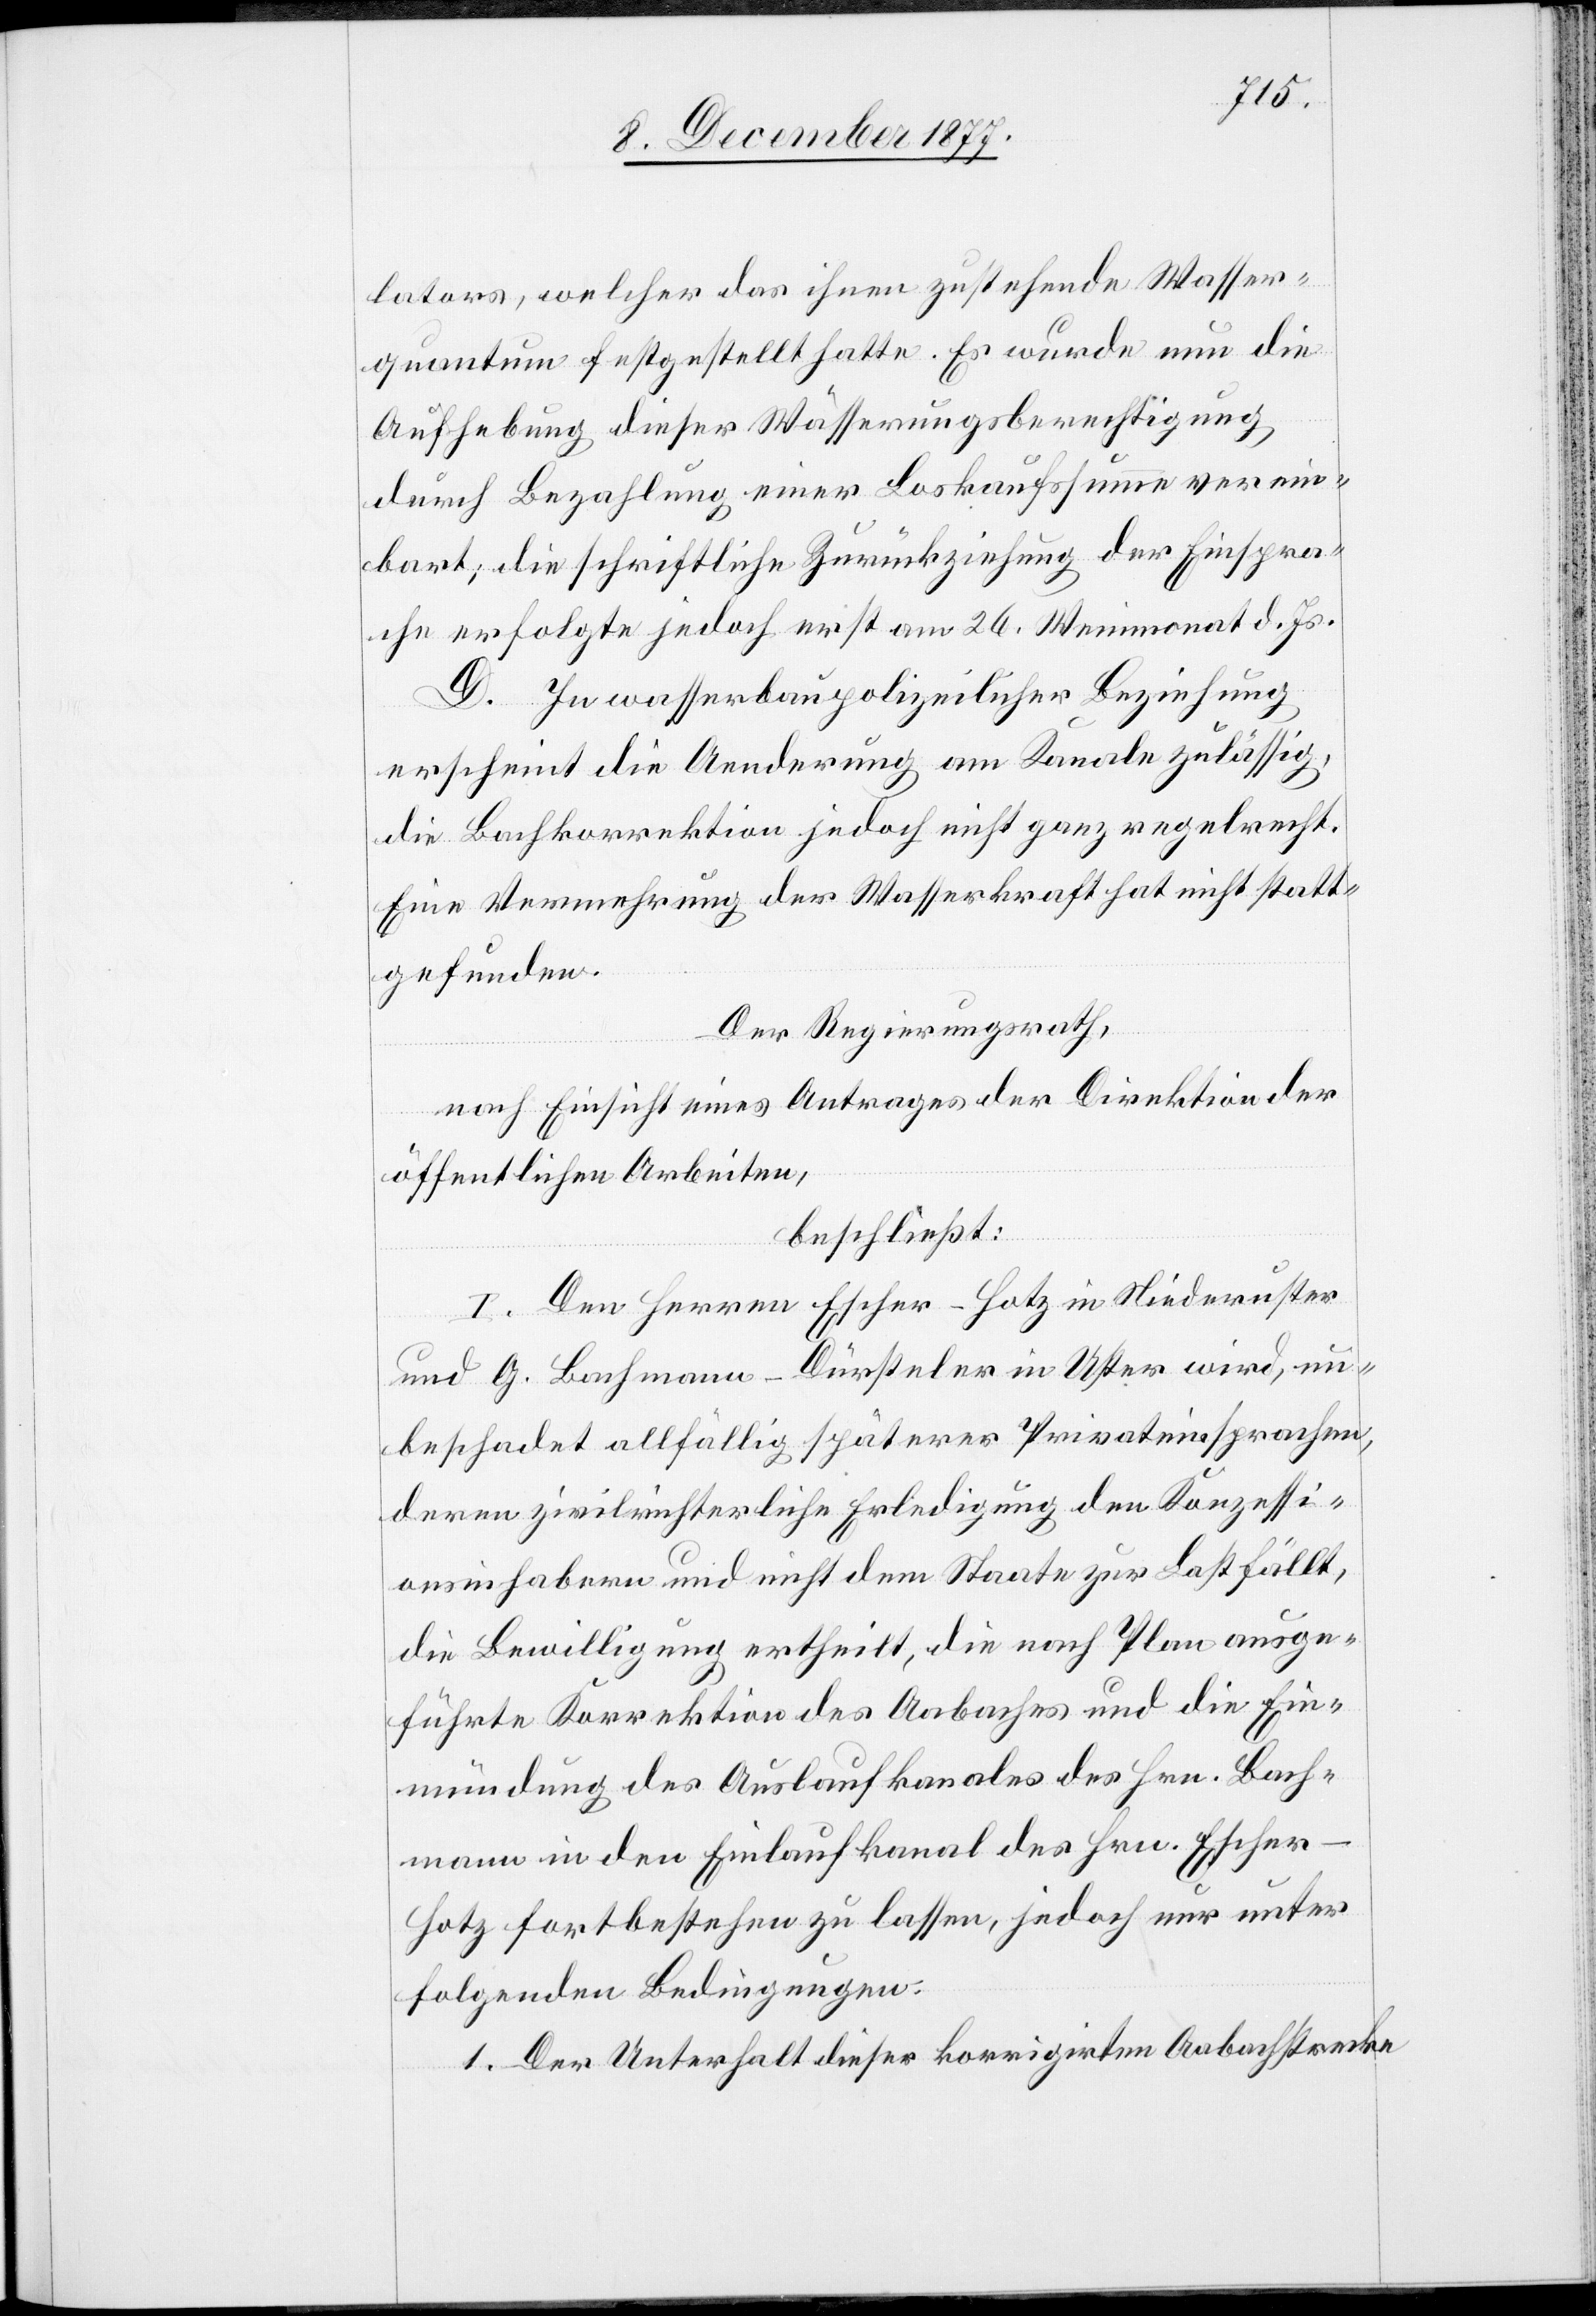
lators, welcher das ihnen zustehende Wasser¬
quantum festgestellt hatte. Es wurde nun die
Aufhebung dieser Wässerungsberechtigung
durch Bezahlung einer Loskaufssumme verein¬
bart; die schriftliche Zurückziehung der Einspra¬
che erfolgte jedoch erst am 26. Weinmonat d. Js.
D. In wasserbaupolizeilicher Beziehung
erscheint die Aenderung am Kanale zulässig,
die Bachkorrektion jedoch nicht ganz regelrecht.
Eine Vermehrung der Wasserkraft hat nicht statt¬
gefunden.
Der Regierungsrath,
nach Einsicht eines Antrages der Direktion der
öffentlichen Arbeiten,
beschließt:
I. Den Herren Escher-Hotz in Niederuster
und G. Bachmann-Dürsteler in Uster wird, un¬
beschadet allfällig späterer Privateinsprachen,
deren zivilrichterliche Erledigung den Konzessi¬
onsinhabern und nicht dem Staate zur Last fällt,
die Bewilligung ertheilt, die nach Plan ausge¬
führte Korrektion des Aabaches und die Ein¬
mündung des Auslaufkanales des Hrn. Bach¬
mann in den Einlaufkanal des Hrn. Escher-H¬
otz fortbestehen zu lassen, jedoch nur unter
folgenden Bedingungen:
1. Der Unterhalt dieser korrigirten Aabachstrecke